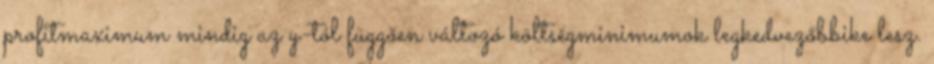
profitmaximum mindig az y-tól függően változó költségminimumok legkedvezőbbike lesz.